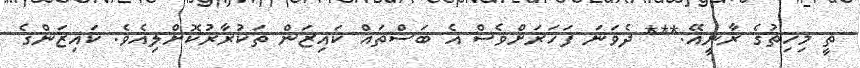
ތީ މިހިތުގެ ރާނީއޭ.*** ދެވަނަ ފަހަރަށްވެސް އެ ބަސްތައް ކައިޒަން ތަކުރާރުކޮށްލިއެވެ. ކައިޒަންގެ